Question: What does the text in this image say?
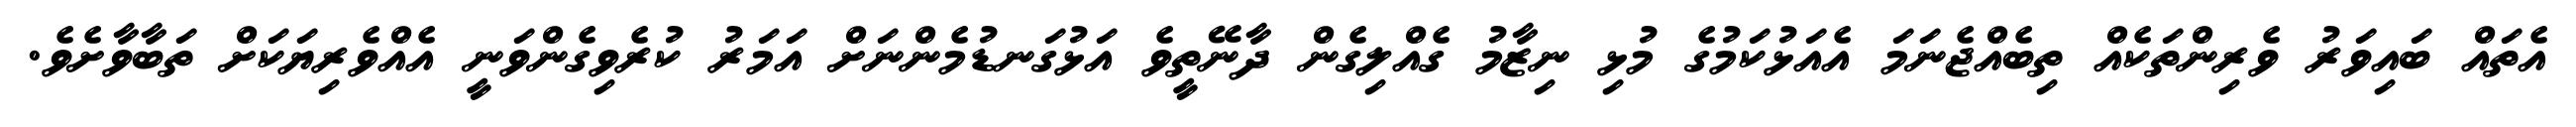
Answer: އެތައް ބައިވަރު ވެރިންތަކެއް ތިބެއްޖެނަމަ އެއަޅުކަމުގެ މުޅި ނިޒާމު ގެއްލިގެން ދާނޭތީވެ އަޅުގަނޑުމެންނަށް އަމަރު ކުރެވިގެންވަނީ އެއްވެރިޔަކަށް ތަބާވާށެވެ.